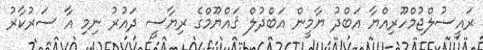
ރައީސުލްޖުމްހޫރިއްޔާ އަބްދު ޔާމީން އަބްދުލް ޤައްޔޫމްގެ ރިޔާސީ ދައުރު ނިމި އާ ސަރުކާރު